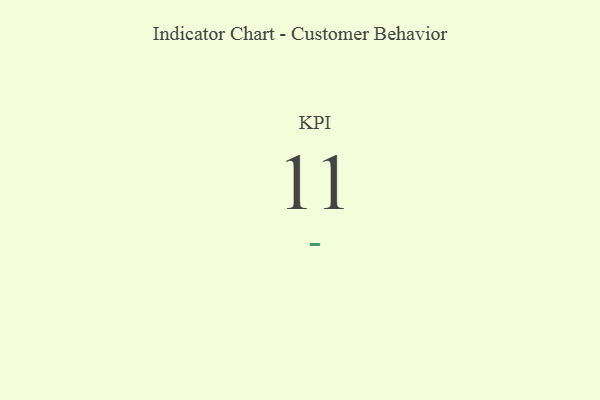
{"axis": {"x": "KPI", "y": "Value"}, "legend": [""], "data": [{"x": "KPI", "y": 11, "type": ""}]}